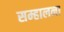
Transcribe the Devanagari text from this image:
सम्हालना